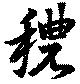
穠